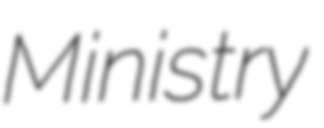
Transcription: Ministry